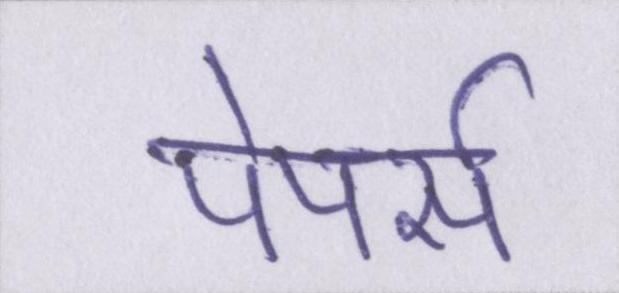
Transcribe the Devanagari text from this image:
पेपर्स